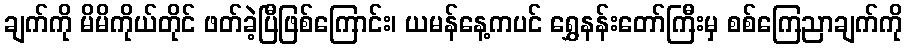
ချက်ကို မိမိကိုယ်တိုင် ဖတ်ခဲ့ပြီဖြစ်ကြောင်း၊ ယမန်နေ့ကပင် ရွှေနန်းတော်ကြီးမှ စစ်ကြေညာချက်ကို